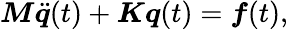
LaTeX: \boldsymbol{\mathit{M}}\ddot{{\boldsymbol{q}}}(t)+\boldsymbol{K}\boldsymbol{q}(t)=\boldsymbol{f}(t),